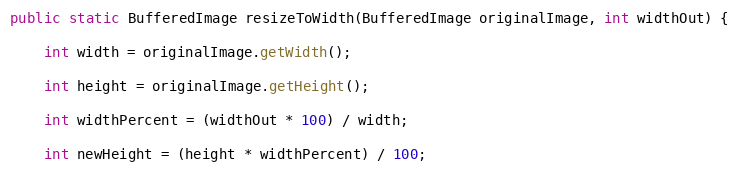
Language: Java
public static BufferedImage resizeToWidth(BufferedImage originalImage, int widthOut) {

    int width = originalImage.getWidth();

    int height = originalImage.getHeight();

    int widthPercent = (widthOut * 100) / width;

    int newHeight = (height * widthPercent) / 100;